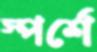
স্পর্শে